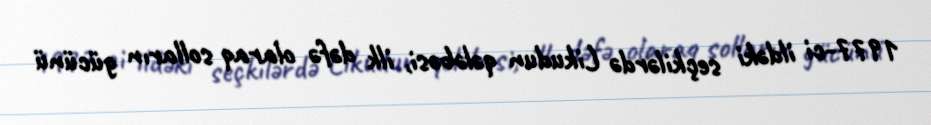
1977-ci ildəki seçkilərdə Likudun qələbəsi, ilk dəfə olaraq solların gücünü